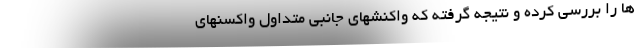
ها را بررسی کرده و نتیجه گرفته که واکنشهای جانبی متداول واکسنهای